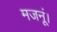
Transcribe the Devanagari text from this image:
मजनूं।